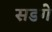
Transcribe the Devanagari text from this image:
सडगे